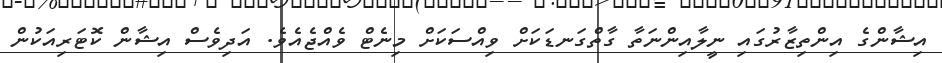
އިޝާންގެ އިންތިޒާރުގައި ނީލާއިންނަތާ ގާތްގަނޑަކަށް ވިއްސަކަށް މިނެޓް ވެއްޖެއެވެ. އަދިވެސް އިޝާން ކޮޓަރިއަކުން